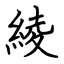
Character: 綾